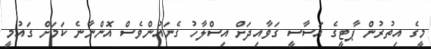
މީގެ އިތުރުން ޕާޓީގެ އަސާސީ ގަވާއިދަށް އިސްލާހު ގެނައުންވެސް އޮންނާނެ ކަމަށް ގައުމީ